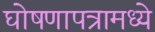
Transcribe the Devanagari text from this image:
घोषणापत्रामध्ये